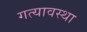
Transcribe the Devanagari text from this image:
गत्यावस्था